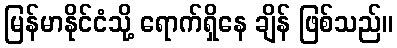
မြန်မာနိုင်ငံသို့ ရောက်ရှိနေ ချိန် ဖြစ်သည်။